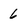
Character: 6